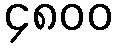
၄၈၀၀